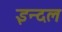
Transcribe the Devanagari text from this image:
इन्दल